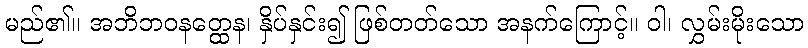
မည်၏။ အဘိဘဝနတ္ထေန၊ နှိပ်နှင်း၍ ဖြစ်တတ်သော အနက်ကြောင့်။ ဝါ၊ လွှမ်းမိုးသော